Leucocytozoon canis - Number 26
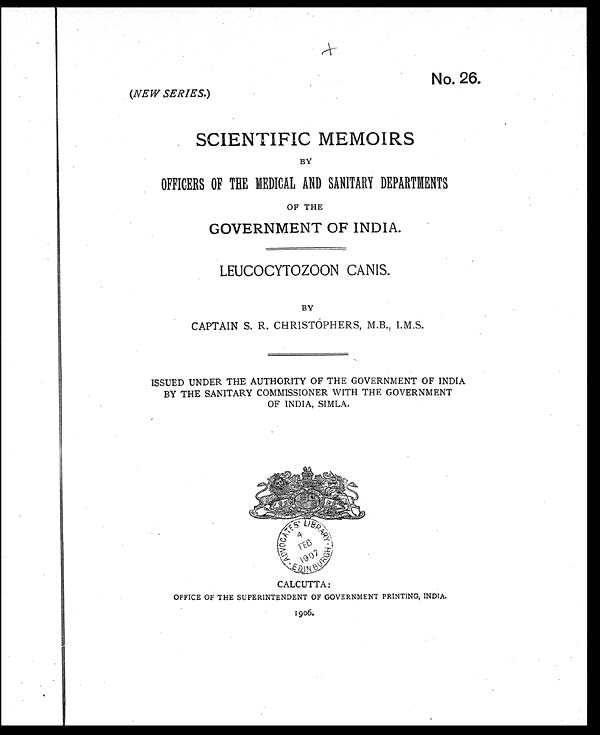
No. 26.
(NEW SERIES.)
SCIENTIFIC MEMOIRS
BY
OFFICERS OF THE MEDICAL AND SANITARY DEPARTMENTS
OF THE
GOVERNMENT OF INDIA.
LEUCOCYTOZOON CANIS.
BY
CAPTAIN S. R. CHRISTOPHERS, M.B., I.M.S.
ISSUED UNDER THE AUTHORITY OF THE GOVERNMENT OF INDIA
BY THE SANITARY COMMISSIONER WITH THE GOVERNMENT
OF INDIA, SIMLA.
CALCUTTA:
OFFICE OF THE SUPERINTENDENT OF GOVERNMENT PRINTING, INDIA.
1906.